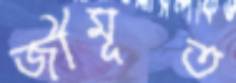
জীমূত